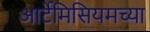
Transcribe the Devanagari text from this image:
आर्टेमिसियमच्या